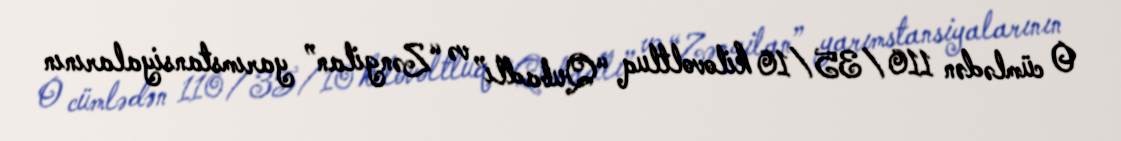
O cümlədən 110/35/10 kilovoltluq “Qubadlı” və “Zəngilan” yarımstansiyalarının